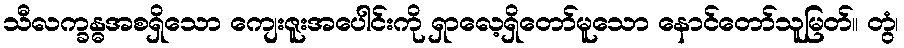
သီလက္ခန္ဓအစရှိသော ကျေးဇူးအပေါင်းကို ရှာလေ့ရှိတော်မူသော နောင်တော်သူမြတ်။ တွံ၊